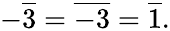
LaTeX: -{\overline{{3}}}={\overline{{-3}}}={\overline{{1}}}.